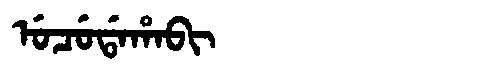
Manchu: ᡠᠴᡠᡩᠠᡥᠠᠪᡳ
Romanization: UCUDAHABI